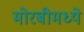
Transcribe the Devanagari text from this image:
मोरबीमध्ये